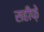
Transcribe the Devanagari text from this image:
सहीफे़